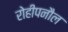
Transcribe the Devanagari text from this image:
रोहीपनौल